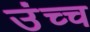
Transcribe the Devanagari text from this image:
उंच्च